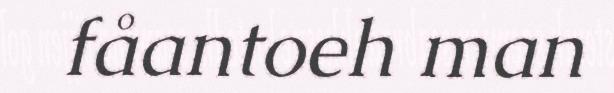
fåantoeh man